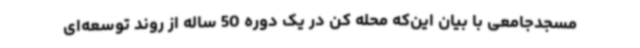
مسجدجامعی با بیان این‌که محله کن در یک دوره 50 ساله از روند توسعه‌ای